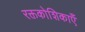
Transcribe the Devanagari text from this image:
रक्तकोशिकाएँ